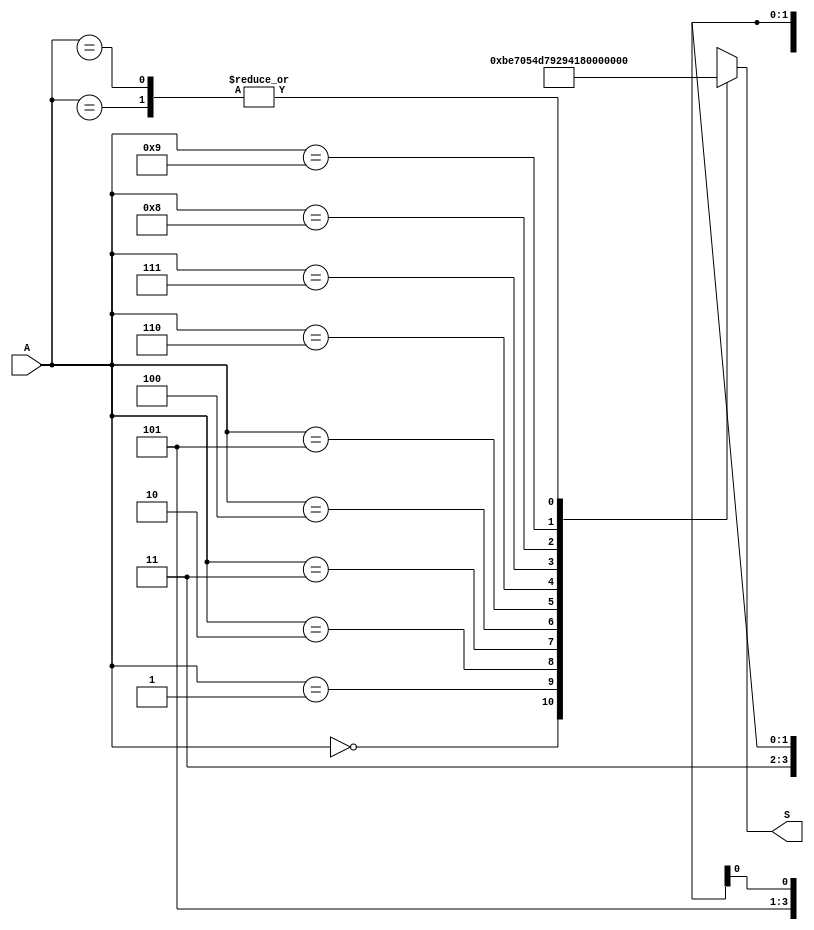
module conversorBCD7seg (A,S);
	input [3:0]A;
	output [7:0]S;
	always@(A)
		begin
		case (A)
		4'd0: S=00000011;
		4'd1: S=10011111;
		4'd2: S=00100101;
		4'd3: S=00001101;
		4'd4: S=10011001;
		4'd5: S=01001001;
		4'd6: S=01000001;
		4'd7: S=00011111;
		4'd8: S=00000001;
		4'd9: S=00011001;
		4'b101x: S=11111111;
		4'b11xx: S=11111111;
		endcase
		end 
endmodule